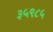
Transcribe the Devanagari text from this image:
३५९८५